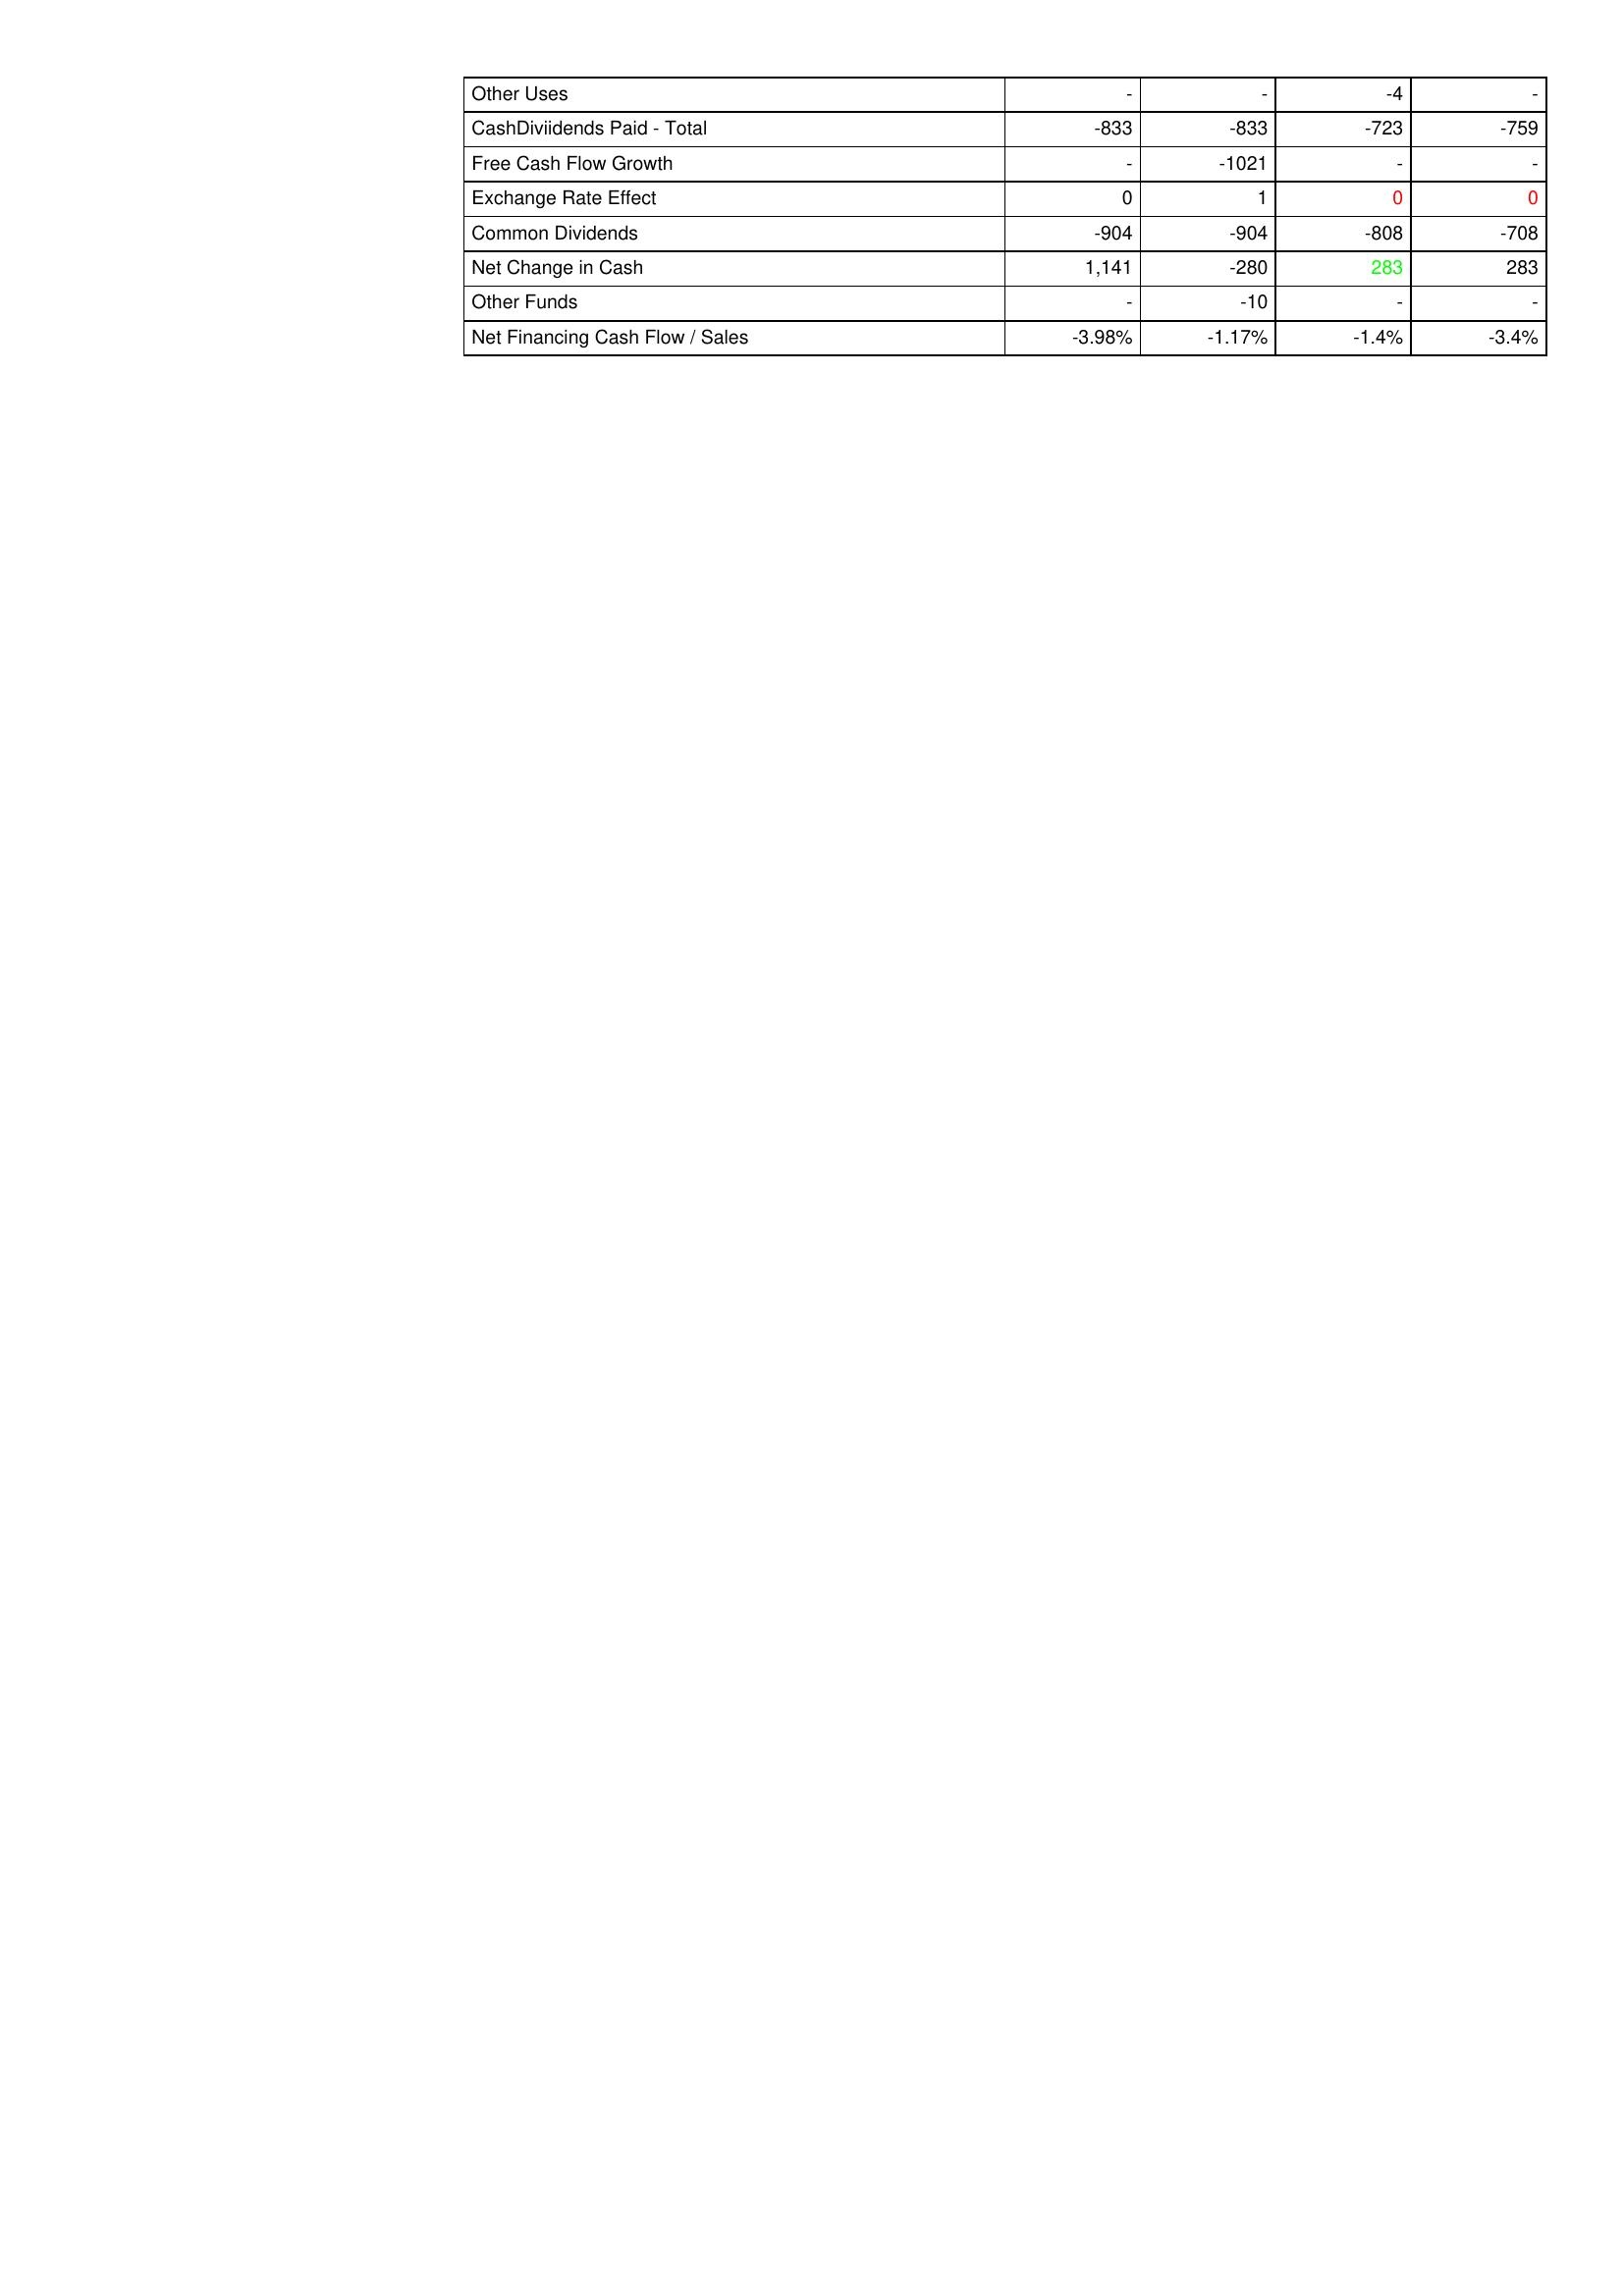
gt_parse: 2011: Financing Activities: Other Uses: -
CashDiviidends Paid - Total: -833
Free Cash Flow Growth: -
Exchange Rate Effect: 0
Common Dividends: -904
Net Change in Cash: 1,141
Other Funds: -
Net Financing Cash Flow / Sales: -3.98%
2010: Financing Activities: Other Uses: -
CashDiviidends Paid - Total: -833
Free Cash Flow Growth: -1021
Exchange Rate Effect: 1
Common Dividends: -904
Net Change in Cash: -280
Other Funds: -10
Net Financing Cash Flow / Sales: -1.17%
2009: Financing Activities: Other Uses: -4
CashDiviidends Paid - Total: -723
Free Cash Flow Growth: -
Exchange Rate Effect: 0
Common Dividends: -808
Net Change in Cash: 283
Other Funds: -
Net Financing Cash Flow / Sales: -1.4%
2008: Financing Activities: Other Uses: -
CashDiviidends Paid - Total: -759
Free Cash Flow Growth: -
Exchange Rate Effect: 0
Common Dividends: -708
Net Change in Cash: 283
Other Funds: -
Net Financing Cash Flow / Sales: -3.4%